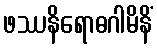
ဖဿနိရောဓဂါမိနိံ